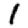
Digit: 1